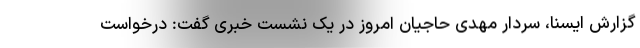
گزارش ایسنا، سردار مهدی حاجیان امروز در یک نشست خبری گفت: درخواست